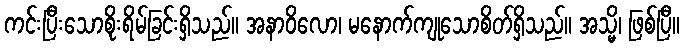
ကင်းပြီးသောစိုးရိမ်ခြင်းရှိသည်။ အနာဝိလော၊ မနောက်ကျုသောစိတ်ရှိသည်။ အသ္မိ၊ ဖြစ်ပြီ။